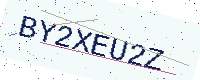
Text: BY2XEU2Z